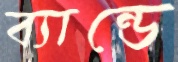
ব্যান্ডে